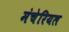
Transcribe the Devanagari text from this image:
मंचेरियल